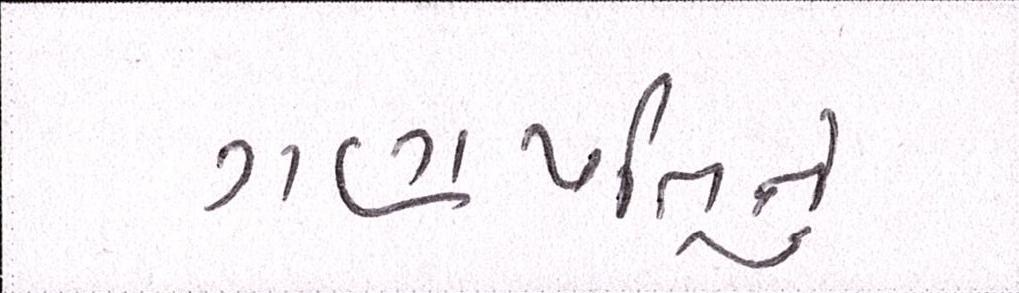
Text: ગણપતિનું